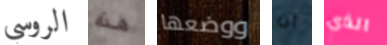
الروسي هذه ووضعها أن الذي